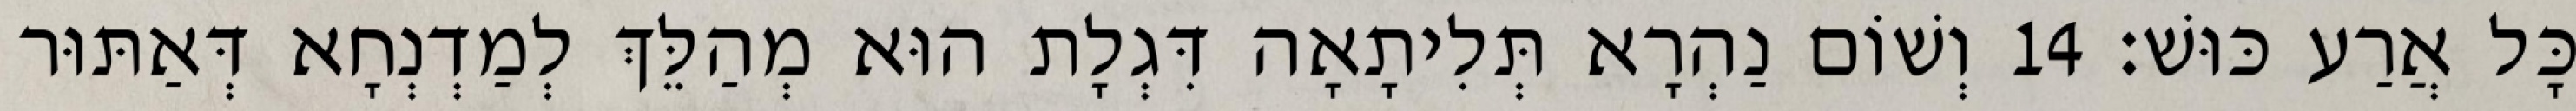
כָּל אֲרַע כּוּשׁ׃ 14 וְשׁוֹם נַהְרָא תְּלִיתָאָה דִּגְלָת הוּא מְהַלֵּךְ לְמַדְנְחָא דְּאַתּוּר